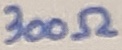
Text: 300Ω